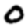
Digit: 0